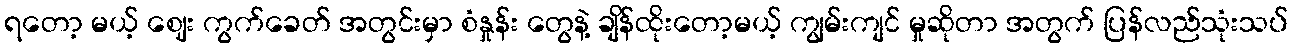
ရတော့ မယ့် ဈေး ကွက်ခေတ် အတွင်းမှာ စံနှုန်း တွေနဲ့ ချိန်ထိုးတော့မယ့် ကျွမ်းကျင် မှုဆိုတာ အတွက် ပြန်လည်သုံးသပ်